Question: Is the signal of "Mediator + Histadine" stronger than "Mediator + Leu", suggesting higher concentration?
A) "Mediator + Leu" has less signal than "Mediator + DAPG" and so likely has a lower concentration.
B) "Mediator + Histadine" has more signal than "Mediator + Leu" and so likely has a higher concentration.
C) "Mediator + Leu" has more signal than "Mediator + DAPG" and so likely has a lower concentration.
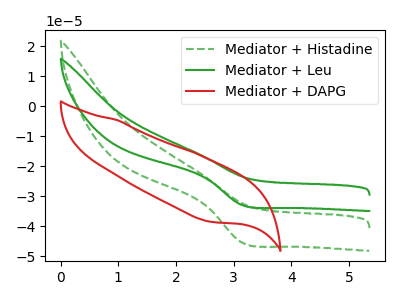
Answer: <think>The green dashed curve "Mediator + Histadine" has a cathodic peak at: (3.15V, -45.40uA). The green curve "Mediator + Leu" has a cathodic peak at: (3.15V, -32.90uA). The red curve "Mediator + DAPG" has no peaks.
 All the peaks in "Mediator + Histadine" have a peak in "Mediator + Leu" at the same potential. Every peak in "Mediator + Histadine" is higher than every peak in "Mediator + Leu".</think>
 <answer>B) "Mediator + Histadine" has more signal than "Mediator + Leu" and so likely has a higher concentration.</answer>
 <eval>B</eval>